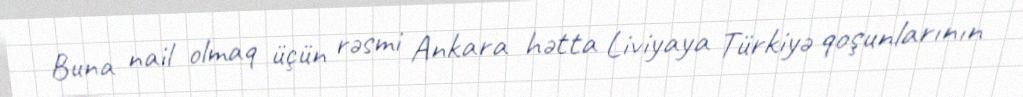
Buna nail olmaq üçün rəsmi Ankara hətta Liviyaya Türkiyə qoşunlarının